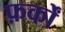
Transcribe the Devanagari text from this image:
फ़र्कों